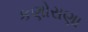
કણોરાણા